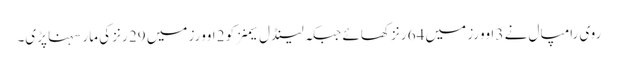
روی رامپال نے 3 اوورز میں 64 رنز کھائے جبکہ لینڈل سیمنز کو 2 اوورز میں 29 رنز کی مار سہنا پڑی۔